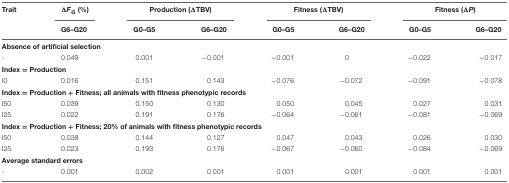
| Trait | ΔFG (%) | <COLSPAN=2> Production (ΔTBV) | <COLSPAN=2> Fitness (ΔTBV) | <COLSPAN=2> Fitness (ΔP) |
 |  | G6–G20 | G0–G5 | G6–G20 | G0–G5 | G6–G20 | G0–G5 | G6–G20 |
 | --- | --- | --- | --- | --- | --- | --- | --- |
 | <COLSPAN=8> Absence of artificial selection |
 | - | 0.049 | 0.001 | -0.001 | -0.001 | 0 | -0.022 | -0.017 |
 | <COLSPAN=8> Index = Production |
 | I0 | 0.016 | 0.151 | 0.143 | -0.076 | -0.072 | -0.091 | -0.078 |
 | <COLSPAN=8> Index = Production + Fitness; all animals with fitness phenotypic records |
 | I50 | 0.039 | 0.150 | 0.130 | 0.050 | 0.045 | 0.027 | 0.031 |
 | I25 | 0.022 | 0.191 | 0.176 | -0.064 | -0.061 | -0.081 | -0.069 |
 | <COLSPAN=8> Index = Production + Fitness; 20% of animals with fitness phenotypic records |
 | I50 | 0.038 | 0.144 | 0.127 | 0.047 | 0.043 | 0.026 | 0.030 |
 | I25 | 0.023 | 0.193 | 0.176 | -0.067 | -0.060 | -0.084 | -0.069 |
 | <COLSPAN=8> Average standard errors |
 | - | 0.001 | 0.002 | 0.001 | 0.001 | 0.001 | 0.001 | 0.001 |